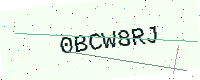
Text: 0BCW8RJ